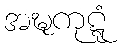
အဍ္ဎကုဋ္ဋံ